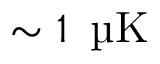
\sim 1 \, \textrm { \textmu K }